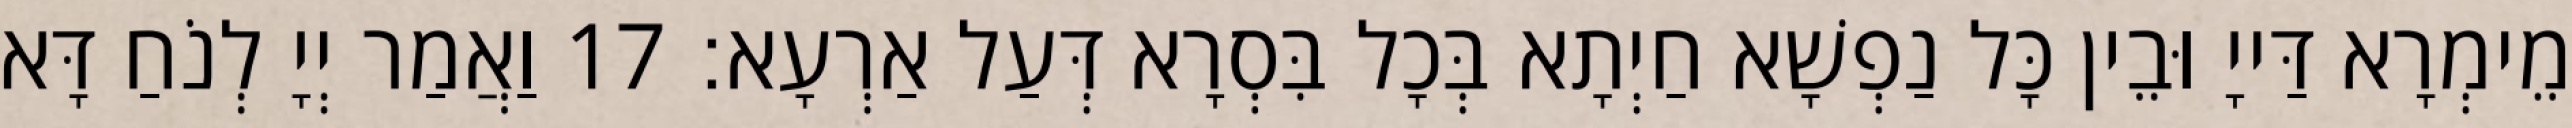
מֵימְרָא דַּייָ וּבֵין כָּל נַפְשָׁא חַיְתָא בְּכָל בִּסְרָא דְּעַל אַרְעָא׃ 17 וַאֲמַר יְיָ לְנֹחַ דָּא